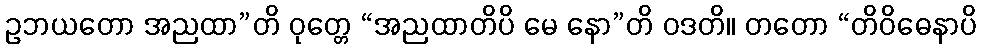
ဥဘယတော အညထာ”တိ ဝုတ္တေ “အညထာတိပိ မေ နော”တိ ဝဒတိ။ တတော “တိဝိဓေနာပိ